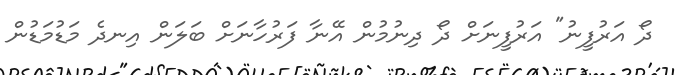
ދޯ އަރުފީނު" އަރުފީނަށް ދޯ ދިނުމުން އޭނާ ފަރުހާނަށް ބަލަން އިނދެ މަޑުމަޑުން